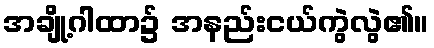
အချို့ဂါထာ၌ အနည်းငယ်ကွဲလွဲ၏။